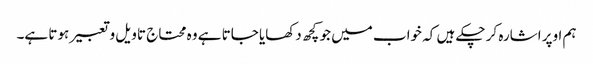
ہم اوپر اشارہ کر چکے ہیں کہ خواب میں جو کچھ دکھایا جاتا ہے وہ محتاج تاویل و تعبیر ہوتا ہے۔